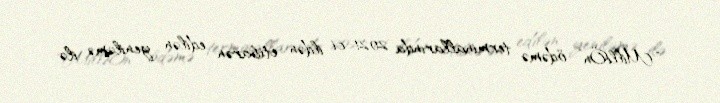
“MilliÖn” ödəmə terminallarında 2021-ci ildən etibarən edilən yeniləmə ilə